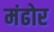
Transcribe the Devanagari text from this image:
मंढोर